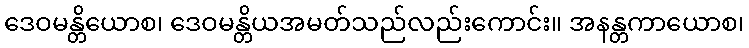
ဒေဝမန္တိယောစ၊ ဒေဝမန္တိယအမတ်သည်လည်းကောင်း။ အနန္တကာယောစ၊